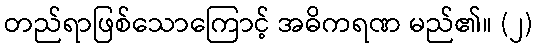
တည်ရာဖြစ်သောကြောင့် အဓိကရဏ မည်၏။ (၂)